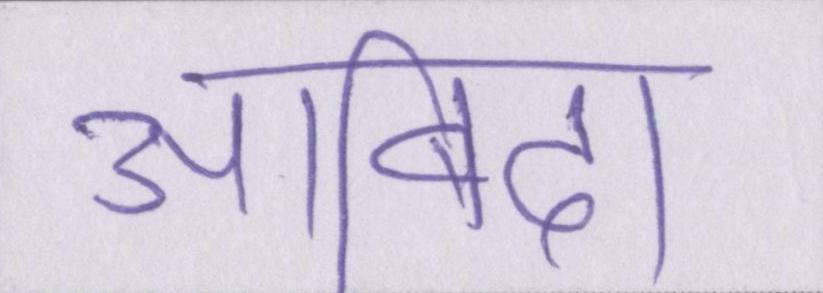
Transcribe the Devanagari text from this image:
आबिदा